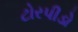
ટોરપીડો